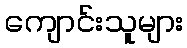
ကျောင်းသူများ